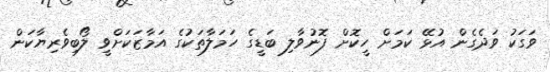
ވަގަކު ވަދެގެން އުޅޭ ކަމަށް ހީކޮށް ފޮނުވާލި ބަޑީގެ ހަމަލާތަކުގެ އަމާޒަކަށްވީ ލޯބިވެރިޔާކަން